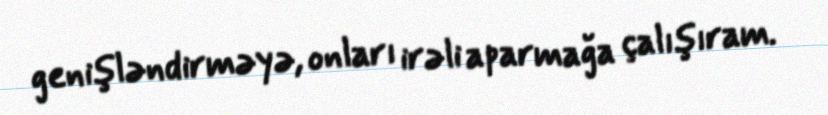
genişləndirməyə, onları irəli aparmağa çalışıram.